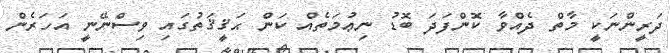
ދަރީންނަކީ މާތް ދެއްވާ ކޮންފަދަ ބޮޑު ނިޢުމަތެއް ކަން ޙަޤީޤަތުގައި ވިސްނޭނީ އަހަރެން